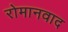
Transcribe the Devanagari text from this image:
रोमानवाद